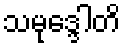
သမုဒ္ဒေါတိ